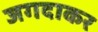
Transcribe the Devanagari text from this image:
जगदाकर